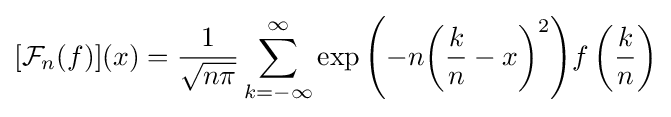
[{\mathcal {F}}_{n}(f)](x)={\frac {1}{\sqrt {n\pi }}}\sum _{k=-\infty }^{\infty }{\exp {\left({-n{\left({{\frac {k}{n}}-x}\right)}^{2}}\right)}f\left({\frac {k}{n}}\right)}